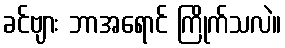
ခင်ဗျား ဘာအရောင် ကြိုက်သလဲ။